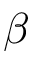
\beta